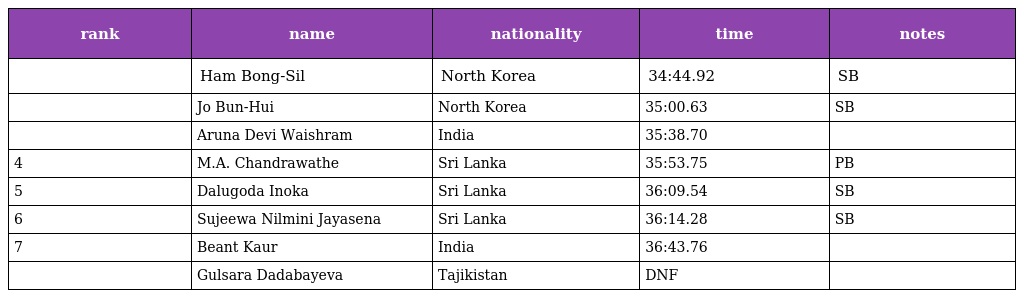
| rank | name | nationality | time | notes |
 | --- | --- | --- | --- | --- |
 |  | Ham Bong-Sil | North Korea | 34:44.92 | SB |
 |  | Jo Bun-Hui | North Korea | 35:00.63 | SB |
 |  | Aruna Devi Waishram | India | 35:38.70 |  |
 | 4 | M.A. Chandrawathe | Sri Lanka | 35:53.75 | PB |
 | 5 | Dalugoda Inoka | Sri Lanka | 36:09.54 | SB |
 | 6 | Sujeewa Nilmini Jayasena | Sri Lanka | 36:14.28 | SB |
 | 7 | Beant Kaur | India | 36:43.76 |  |
 |  | Gulsara Dadabayeva | Tajikistan | DNF |  |